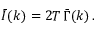
\bar { I } ( k ) = 2 T \, \bar { \Gamma } ( k ) \, .